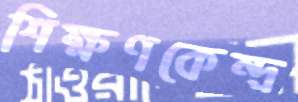
শিক্ষণকেন্দ্র